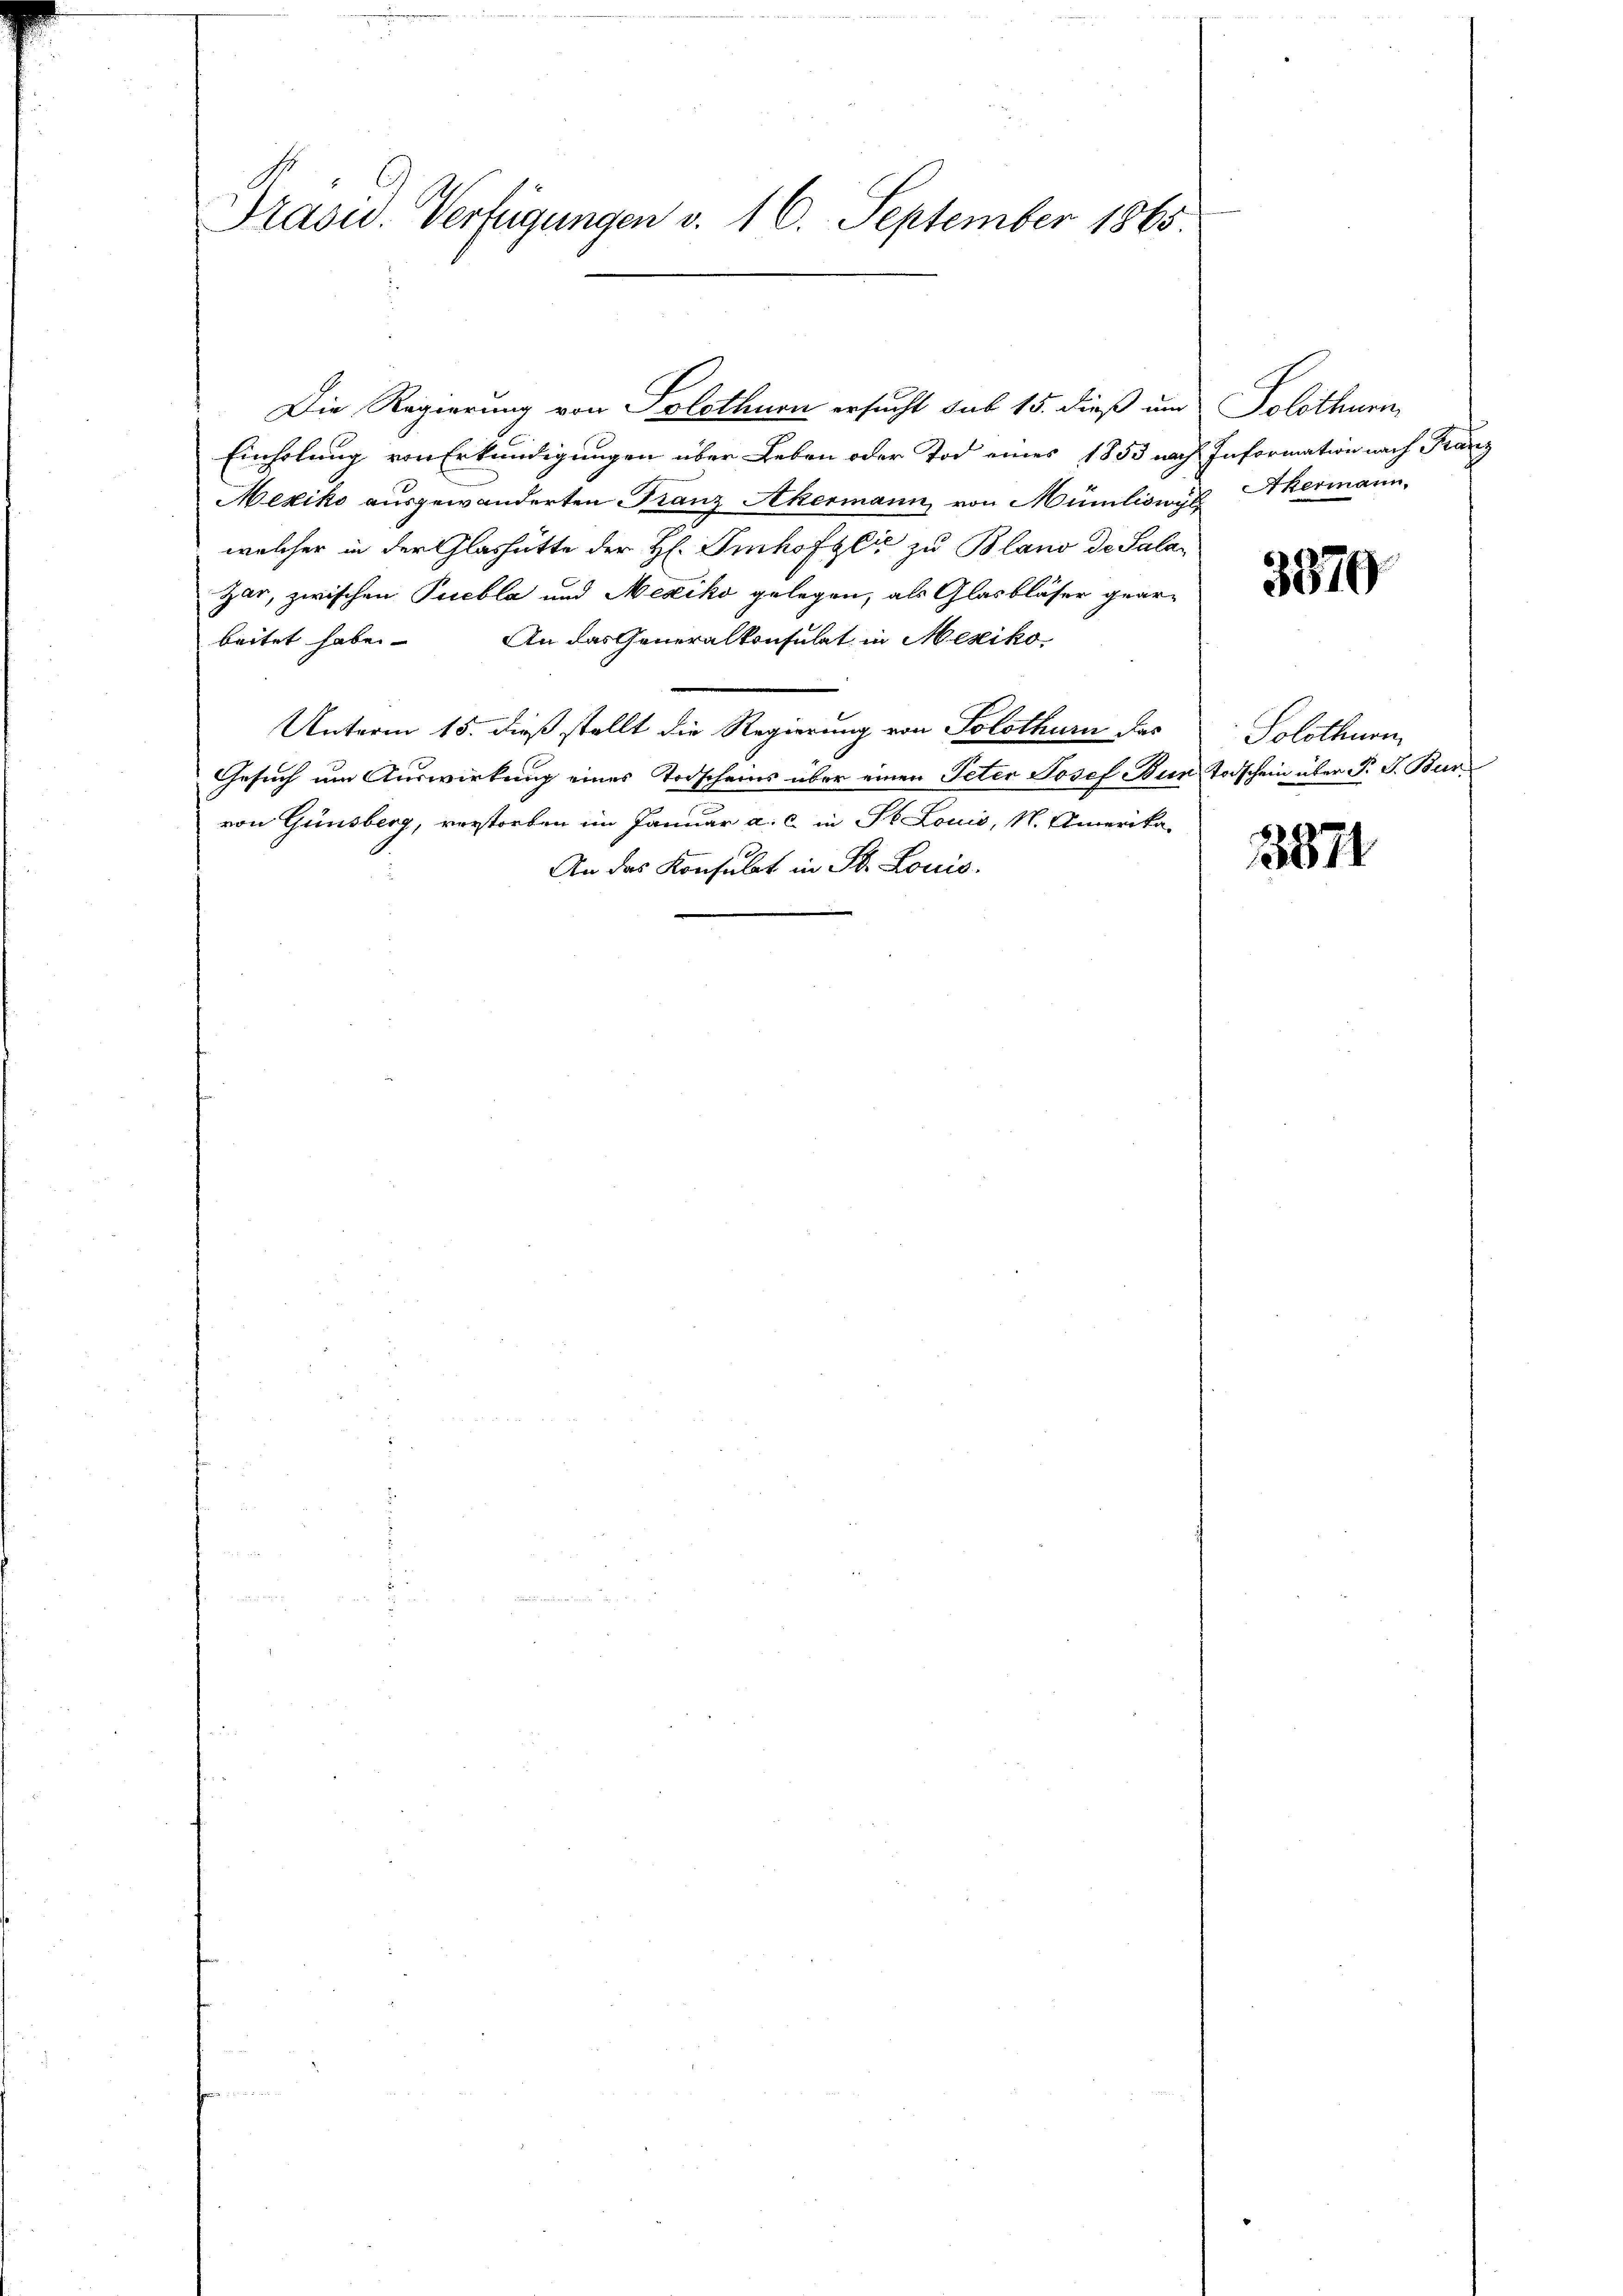
Präsid.. Verfügungen v. 16. September 1865.

Einholung von Erkundigungen über Leben oder Tod eines 1853 nach Information nach Franz
Mexiko ausgewanderten Franz Akermann, von Mümliswyl
welcher in der Glashütte der H. Imhofzli zu Blano de Sala¬
Zar, zwischen Puebla und Nesiko gelegen, als Glasbläser gear¬
An das Generalkonsulat in Mexikobeitet habe.
Unterm 15. dieß stellt die Regierung von Solothurn das
Gesuch um Auswirkung eines Todscheins über einen Peter Josef Bun Todschein über P. J. Burvon Günsberg, verstorben im Januar a. c. in St. Louis, N. Amerika-
An das Konsulat in St. Louis.

Die Regierung von Solothurn ersucht sub 15. dieß um Solothurn,

Akermann,

3370

Solothurn

1871